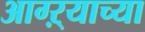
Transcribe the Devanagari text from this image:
आग्ऱ्याच्या